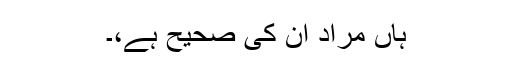
ہاں مراد ان کی صحیح ہے،۔